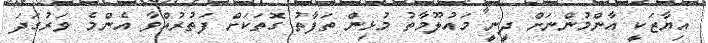
އިޔާޒަކީ އާންމުންނަށް ދީނީ މައުލޫމާތު މުޅިން ތަފާތު ގޮތަކަށް ފަތުރުއްވާ އެންމެ ވަރުގަދަ